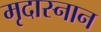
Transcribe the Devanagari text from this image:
मृदास्नान